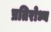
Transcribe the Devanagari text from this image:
प्रतिरोध्य